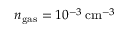
{ n _ { \mathrm { g a s } } = 1 0 ^ { - 3 } \, \mathrm { c m } ^ { - 3 } }